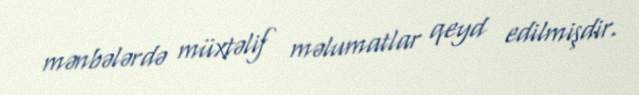
mənbələrdə müxtəlif məlumatlar qeyd edilmişdir.